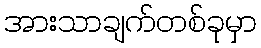
အားသာချက်တစ်ခုမှာ